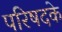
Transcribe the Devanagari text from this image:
परिषदके